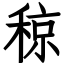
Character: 稤